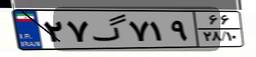
۰۴گ۴۴۹۱۹